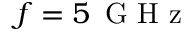
f = 5 { \ensuremath { \, \mathrm { ~ G ~ H ~ z ~ } } }